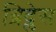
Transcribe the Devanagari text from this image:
ब्रिद्लेस